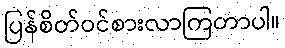
ပြန်စိတ်ဝင်စားလာကြတာပါ။